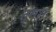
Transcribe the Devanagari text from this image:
तुमरा